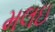
મલઇ